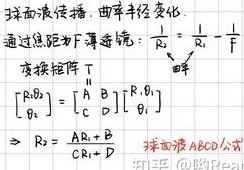
球面波传播，曲率半径变化.
通过焦距为 \( F \) 薄透镜：
\[
\frac{1}{R_2} = \frac{1}{R_1} - \frac{1}{F}
\]
变换矩阵
\[
\begin{bmatrix}
R_2,0 \\
\theta_2
\end{bmatrix}^T =
\begin{bmatrix}
A & B \\
C & D
\end{bmatrix}
\begin{bmatrix}
R_1,0 \\
\theta_1
\end{bmatrix}^T
\]
\[
\Rightarrow R_2 = \frac{AR_1 + B}{CR_1 + D}
\]
球面波 \( ABCD \) 公式：